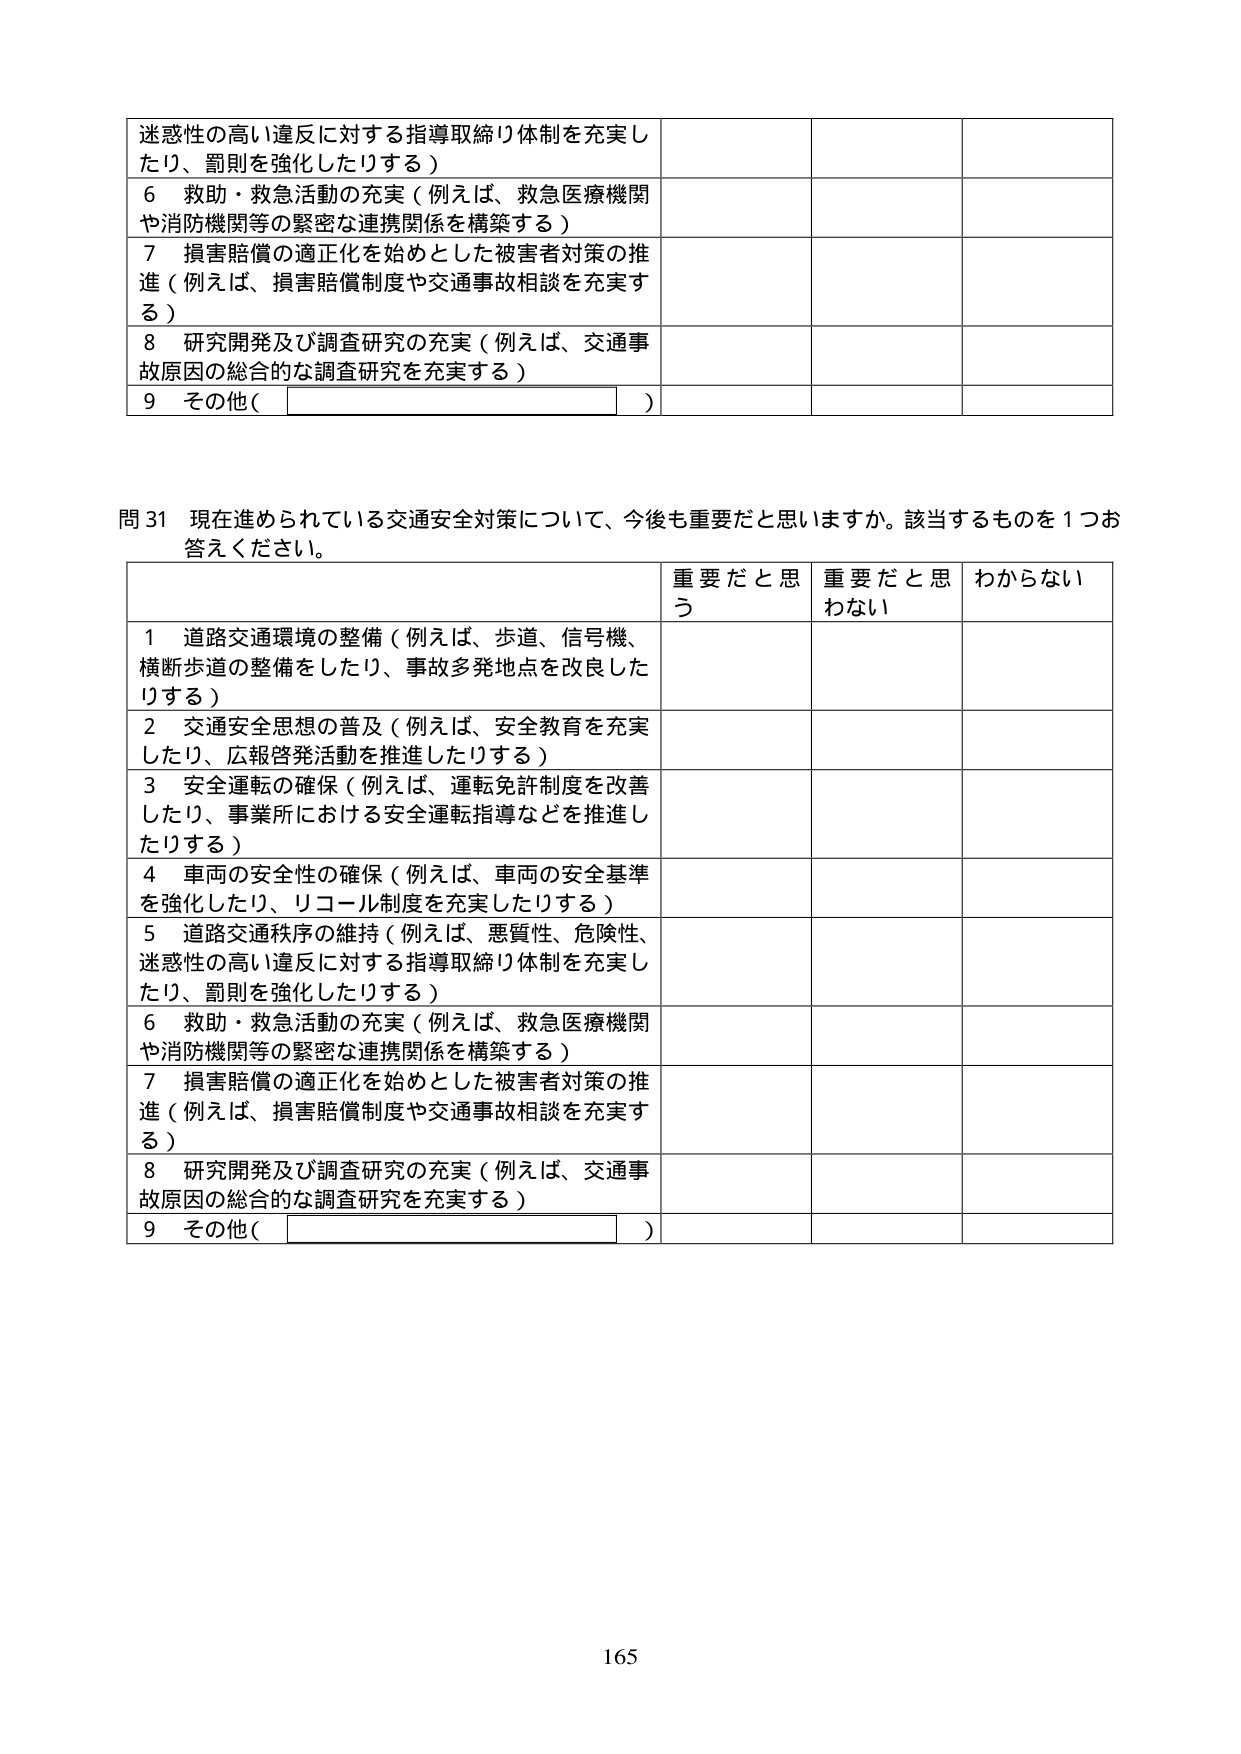
迷惑性の高い違反に対する指導取締り体制を充実したり、罰則を強化したりする）

６　救助・救急活動の充実（例えば、救急医療機関や消防機関等の緊密な連携関係を構築する）

７　損害賠償の適正化を始めとした被害者対策の推進（例えば、損害賠償制度や交通事故相談を充実する）

８　研究開発及び調査研究の充実（例えば、交通事故原因の総合的な調査研究を充実する）

９　その他（　　　　　　　　　　　　　　）

問31　現在進められている交通安全対策について、今後も重要だと思いますか。該当するものを１つお答えください。

重要だと思う　重要だと思わない　わからない

１　道路交通環境の整備（例えば、歩道、信号機、横断歩道の整備をしたり、事故多発地点を改良したりする）

２　交通安全思想の普及（例えば、安全教育を充実したり、広報啓発活動を推進したりする）

３　安全運転の確保（例えば、運転免許制度を改善したり、事業所における安全運転指導などを推進したりする）

４　車両の安全性の確保（例えば、車両の安全基準を強化したり、リコール制度を充実したりする）

５　道路交通秩序の維持（例えば、悪質性、危険性、迷惑性の高い違反に対する指導取締り体制を充実したり、罰則を強化したりする）

６　救助・救急活動の充実（例えば、救急医療機関や消防機関等の緊密な連携関係を構築する）

７　損害賠償の適正化を始めとした被害者対策の推進（例えば、損害賠償制度や交通事故相談を充実する）

８　研究開発及び調査研究の充実（例えば、交通事故原因の総合的な調査研究を充実する）

９　その他（　　　　　　　　　　　　　　）

165